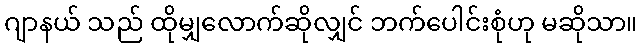
ဂျာနယ် သည် ထိုမျှလောက်ဆိုလျှင် ဘက်ပေါင်းစုံဟု မဆိုသာ။